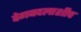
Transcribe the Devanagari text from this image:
वेगबदलाशीच